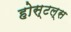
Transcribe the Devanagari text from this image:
होस्टल्स